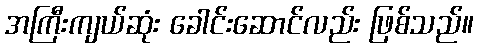
အကြီးကျယ်ဆုံး ခေါင်းဆောင်လည်း ဖြစ်သည်။